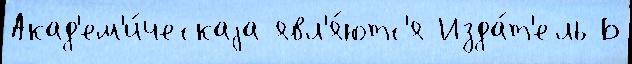
Акад'ем'и́ческаjа явл'я́ютс'я Изда́т'ель Б